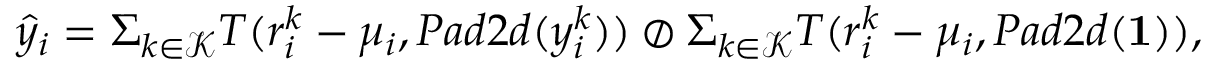
\hat { y } _ { i } = \Sigma _ { k \in \mathcal { K } } T ( r _ { i } ^ { k } - \mu _ { i } , P a d 2 d ( y _ { i } ^ { k } ) ) \oslash \Sigma _ { k \in \mathcal { K } } T ( r _ { i } ^ { k } - \mu _ { i } , P a d 2 d ( \bf { 1 } ) ) ,